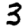
Digit: 3